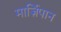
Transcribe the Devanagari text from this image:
मार्ज़िपान